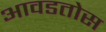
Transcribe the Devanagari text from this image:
आवडतोस